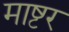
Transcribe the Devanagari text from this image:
माष्टर